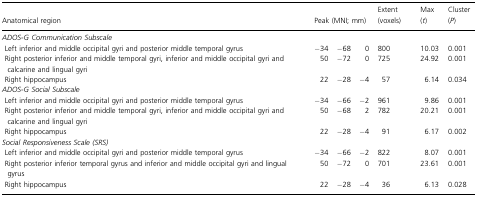
| Anatomical region | <COLSPAN=3> Peak (MNI; mm) | Extent (voxels) | Max (t) | Cluster (P) |
 | --- | --- | --- | --- | --- | --- | --- |
 | <COLSPAN=7> ADOS-G Communication Subscale |
 | Left inferior and middle occipital gyri and posterior middle temporal gyrus | −34 | −68 | 0 | 800 | 10.03 | 0.001 |
 | Right posterior inferior and middle temporal gyri, inferior and middle occipital gyri and calcarine and lingual gyri | 50 | −72 | 0 | 725 | 24.92 | 0.001 |
 | Right hippocampus | 22 | −28 | −4 | 57 | 6.14 | 0.034 |
 | <COLSPAN=7> ADOS-G Social Subscale |
 | Left inferior and middle occipital gyri and posterior middle temporal gyrus | −34 | −66 | −2 | 961 | 9.86 | 0.001 |
 | Right posterior inferior and middle temporal gyri, inferior and middle occipital gyri and calcarine and lingual gyri | 50 | −68 | 2 | 782 | 20.21 | 0.001 |
 | Right hippocampus | 22 | −28 | −4 | 91 | 6.17 | 0.002 |
 | <COLSPAN=7> Social Responsiveness Scale (SRS) |
 | Left inferior and middle occipital gyri and posterior middle temporal gyrus | −34 | −66 | −2 | 822 | 8.07 | 0.001 |
 | Right posterior inferior temporal gyrus and inferior and middle occipital gyri and lingual gyrus | 50 | −72 | 0 | 701 | 23.61 | 0.001 |
 | Right hippocampus | 22 | −28 | −4 | 36 | 6.13 | 0.028 |